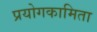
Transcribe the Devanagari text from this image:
प्रयोगकामिता